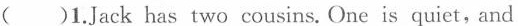
( )1.Jack has two cousins. One is quiet, and